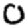
Digit: 0